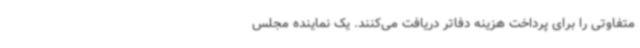
متفاوتی را برای پرداخت هزینه دفاتر دریافت می‌کنند. یک نماینده مجلس